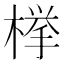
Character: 﨔